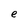
Character: e